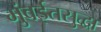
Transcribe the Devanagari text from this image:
मुंबईतसुद्धा